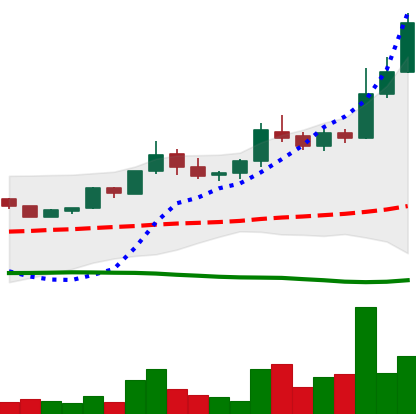
Ticker: BTC-USD
Chart end date: 2015-07-12
Forward return: -10.099%
Label: down_7plus